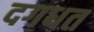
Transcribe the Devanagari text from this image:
दगधत